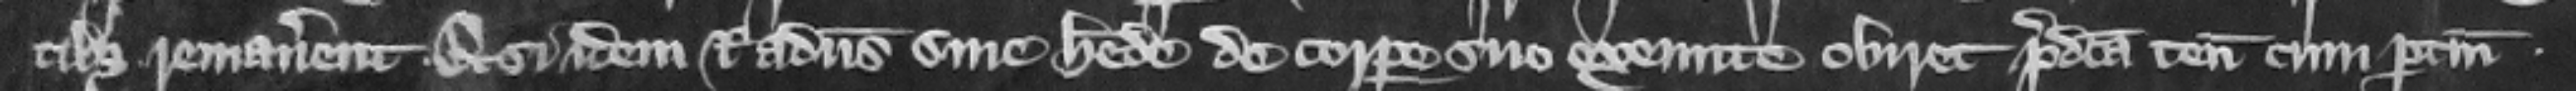
tibus remanerent et si idem Radulphus sine herede de corpore suo exeunte obiret predicta tenementa cum pertinenciis